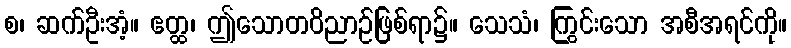
စ၊ ဆက်ဦးအံ့။ ဧတ္ထ၊ ဤသောတဝိညာဉ်ဖြစ်ရာ၌။ သေသံ၊ ကြွင်းသော အစီအရင်ကို။